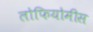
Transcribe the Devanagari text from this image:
लोफियोमीस